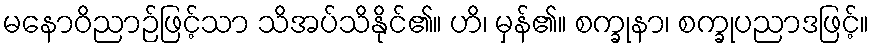
မနောဝိညာဉ်ဖြင့်သာ သိအပ်သိနိုင်၏။ ဟိ၊ မှန်၏။ စက္ခုနာ၊ စက္ခုပညာဒဖြင့်။